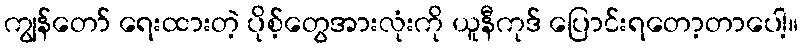
ကျွန်တော် ရေးထားတဲ့ ပိုစ့်တွေအားလုံးကို ယူနီကုဒ် ပြောင်းရတော့တာပေါ့။